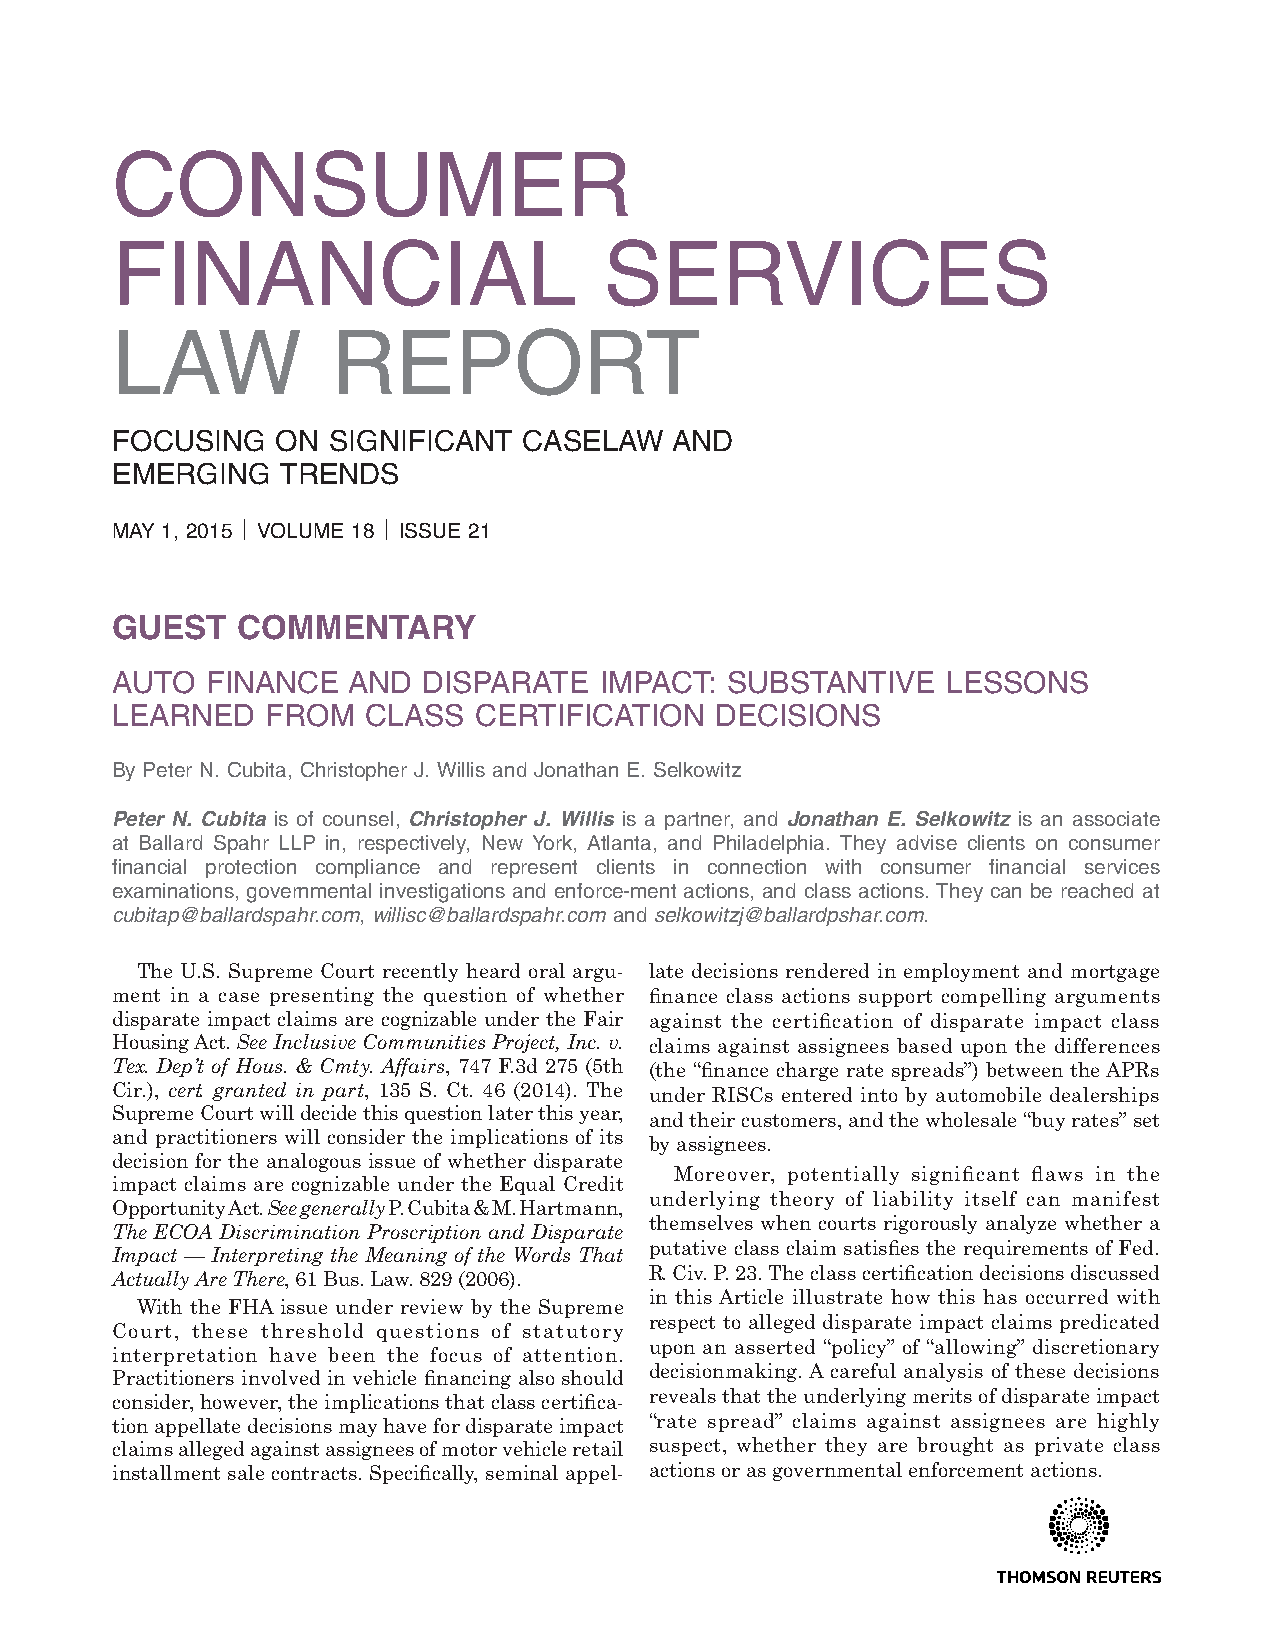
CONSUMER
 FINANCIAL                        SERVICES
 LAW            REPORT
 FOCUSING   ON  SIGNIFICANT  CASELAW  AND
 EMERGING    TRENDS
 MAY 1, 2015 ⎪ VOLUME 18 ⎪ ISSUE 21
 GUEST    COMMENTARY
 AUTO   FINANCE  AND  DISPARATE   IMPACT: SUBSTANTIVE    LESSONS
 LEARNED    FROM  CLASS  CERTIFICATION   DECISIONS
 By Peter N. Cubita, Christopher J. Willis and Jonathan E. Selkowitz
 Peter N. Cubita is of counsel, Christopher J. Willis is a partner, and Jonathan E. Selkowitz is an associate
 at Ballard Spahr LLP in, respectively, New York, Atlanta, and Philadelphia. They advise clients on consumer
 financial protection compliance and represent clients in connection with consumer financial services
 examinations, governmental investigations and enforce-ment actions, and class actions. They can be reached at
 cubitap@ballardspahr.com, willisc@ballardspahr.com and selkowitzj@ballardpshar.com.
 The U.S. Supreme Court recently heard oral argu- late decisions rendered in employment and mortgage
 ment in a case presenting the question of whether finance class actions support compelling arguments
 disparate impact claims are cognizable under the Fair against the certification of disparate impact class
 HousingAct.SeeInclusiveCommunitiesProject,Inc.v. claims against assignees based upon the differences
 Tex. Dep’t of Hous. & Cmty. Affairs, 747 F.3d 275 (5th (the “finance charge rate spreads”) between theAPRs
 Cir.), cert. granted in part, 135 S. Ct. 46 (2014). The under RISCs entered into by automobile dealerships
 SupremeCourtwilldecidethisquestionlaterthisyear, andtheircustomers,andthewholesale“buyrates”set
 and practitioners will consider the implications of its
 byassignees.
 decision for the analogous issue of whether disparate
 Moreover, potentially significant flaws in the
 impact claims are cognizable under the Equal Credit
 underlying theory of liability itself can manifest
 OpportunityAct.SeegenerallyP.Cubita&M.Hartmann,
 themselves when courts rigorously analyze whether a
 The ECOA Discrimination Proscription and Disparate
 putativeclassclaimsatisfiestherequirementsofFed.
 Impact — Interpreting the Meaning of the Words That
 R.Civ.P.23.Theclasscertificationdecisionsdiscussed
 ActuallyAreThere,61Bus.Law.829(2006).
 in this Article illustrate how this has occurred with
 With the FHAissue under review by the Supreme
 respect to alleged disparate impact claims predicated
 Court, these threshold questions of statutory
 upon an asserted “policy” of “allowing” discretionary
 interpretation have been the focus of attention.
 decisionmaking.Acareful analysis of these decisions
 Practitionersinvolvedinvehiclefinancingalsoshould
 consider,however,theimplicationsthatclasscertifica- revealsthattheunderlyingmeritsofdisparateimpact
 tionappellatedecisionsmayhavefordisparateimpact “rate spread” claims against assignees are highly
 claimsallegedagainstassigneesofmotorvehicleretail suspect, whether they are brought as private class
 installmentsalecontracts.Specifically,seminalappel- actionsorasgovernmentalenforcementactions.